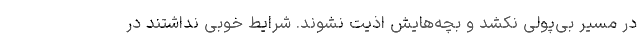
در مسیر بی‌پولی نکشد و بچه‌هایش اذیت نشوند. شرایط خوبی نداشتند در